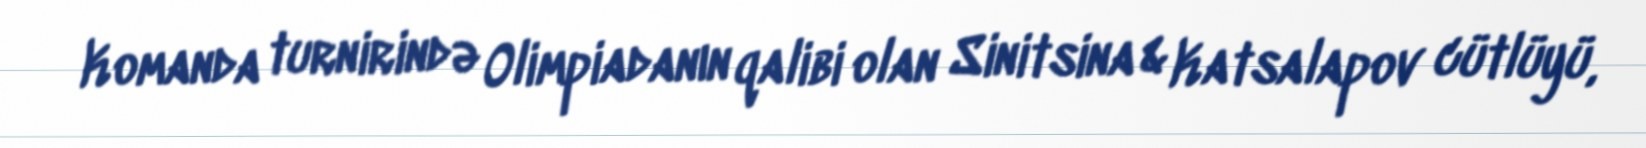
Komanda turnirində Olimpiadanın qalibi olan Sinitsina & Katsalapov cütlüyü,